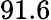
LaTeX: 91.6